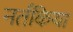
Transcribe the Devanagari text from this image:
नर्तकिया